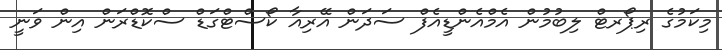
މިކަމުގެ ރިޕޯރޓް ލިބުމުން އެމްއެންޑީއެފް ސަދަން އޭރިއާ ކޯސްޓްގަޑް ސްކޮޑްރަން އިން ވަނީ